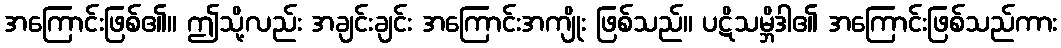
အကြောင်းဖြစ်၏။ ဤသို့လည်း အချင်းချင်း အကြောင်းအကျိုး ဖြစ်သည်။ ပဋိသမ္ဘိဒါ၏ အကြောင်းဖြစ်သည်ကား